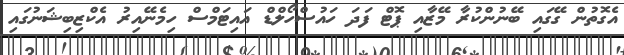
އެގޮތުން ގޭގައި ބޭނުންކުރާ މޭޒާއި ޕޮޓް ފަދަ ހައުސްހޯލްޑް އައިޓަމްސް ހިމެނޭއިރު އެކްޒިބިޝަނުގައި